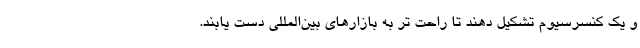
و یک کنسرسیوم تشکیل دهند تا راحت تر به بازارهای بین‌المللی دست یابند.